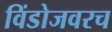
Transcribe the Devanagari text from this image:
विंडोजवरच